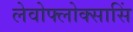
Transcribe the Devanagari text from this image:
लेवोफ्लोक्सासिं